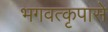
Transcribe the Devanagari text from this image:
भगवत्‍कृपासे